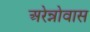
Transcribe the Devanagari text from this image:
अरेन्नोवास